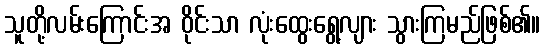
သူတို့လမ်းကြောင်းအ ဝိုင်းသာ လုံးထွေးရွေ့လျား သွားကြမည်ဖြစ်၏။